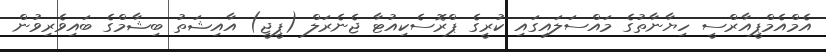
އެމްއެމްޕީއާރްސީ ހިޔާނާތުގެ މައްސަލައިގައި ކުރީގެ ޕްރޮސެކިއުޓާ ޖެނެރަލް (ޕީޖީ) އާއިޝަތު ބިޝާމްގެ ބައިވެރިވުން